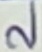
Text: 2